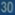
30